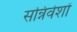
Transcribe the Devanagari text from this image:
सन्निवेशों